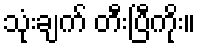
သုံးချက် တီးပြီကိုး။